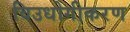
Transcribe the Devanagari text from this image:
विउधोगीकरण